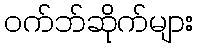
ဝက်ဘ်ဆိုက်များ